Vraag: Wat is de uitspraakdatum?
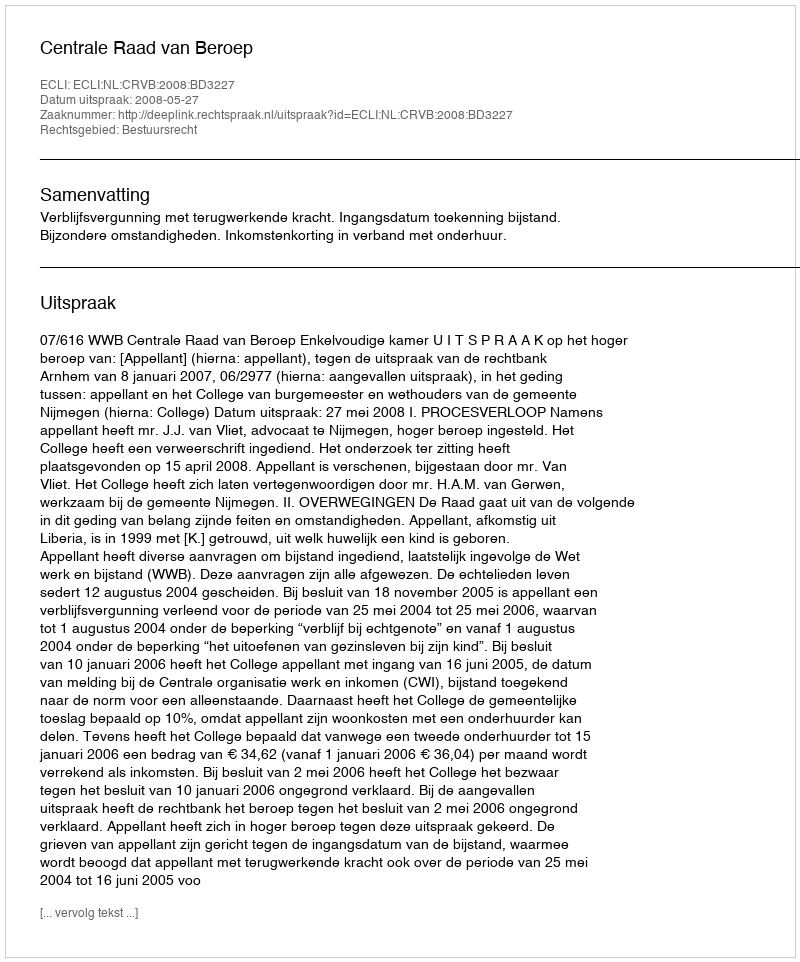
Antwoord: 2008-05-27